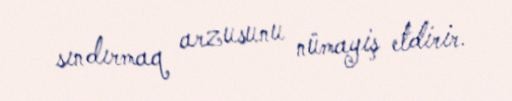
sındırmaq arzusunu nümayiş etdirir.